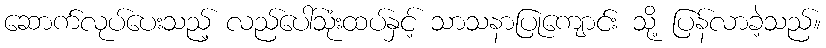
ဆောက်လုပ်ပေးသည့် လည်ပေါ်သုံးထပ်နှင့် သာသနာပြုကျောင်း သို့ ပြန်လာခဲ့သည်။